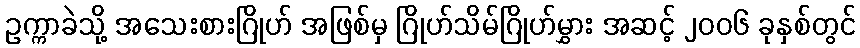
ဥက္ကာခဲသို့ အသေးစားဂြိုဟ် အဖြစ်မှ ဂြိုဟ်သိမ်ဂြိုဟ်မွှား အဆင့် ၂၀၀၆ ခုနှစ်တွင်